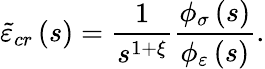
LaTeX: \tilde{\varepsilon}_{cr}\left(s\right)=\frac{1}{s^{1+\xi}}\frac{\phi_{\sigma}\left(s\right)}{\phi_{\varepsilon}\left(s\right)}.